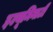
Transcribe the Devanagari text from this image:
इल्यूमिनाटी